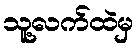
သူ့လက်ထဲမှ